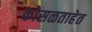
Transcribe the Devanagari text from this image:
कोसळताहेत